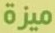
ميزة